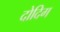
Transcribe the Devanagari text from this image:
दोदिग